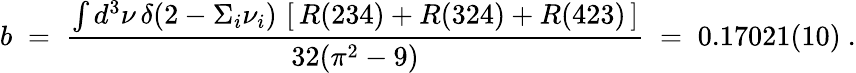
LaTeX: b\; =\; \frac{\int d^{3}\nu\, \delta(2-\Sigma_{i}\nu_{i})\, \left[\, R(234)+R(324)+R(423)\, \right]}{32(\pi^{2}-9)}\; =\; 0.17021(10)\ .